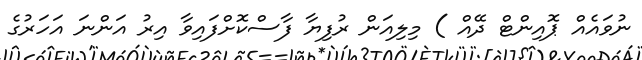
ނުވައެއް ޕޮއިންޓް ދޭއް ) މިލިއަން ރުފިޔާ ފާސްކޮށްފައިވާ އިރު އަންނަ އަހަރުގެ